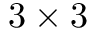
3 \times 3